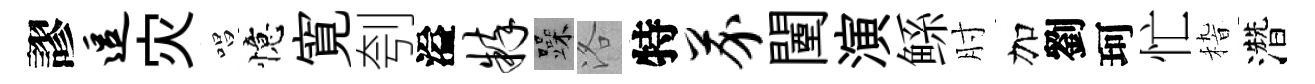
謬逗灾唱憶寛刳溢粹躁洛特芥闉演鲧肘加劉珂忙𥟵濳